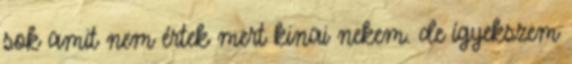
sok amit nem értek mert kinai nekem. de ígyekszem